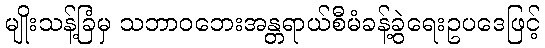
မျိုးသန့်ခြံမှ သဘာဝဘေးအန္တရာယ်စီမံခန့်ခွဲရေးဥပဒေဖြင့်